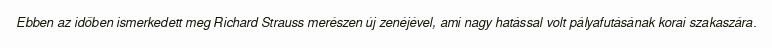
Ebben az időben ismerkedett meg Richard Strauss merészen új zenéjével, ami nagy hatással volt pályafutásának korai szakaszára.